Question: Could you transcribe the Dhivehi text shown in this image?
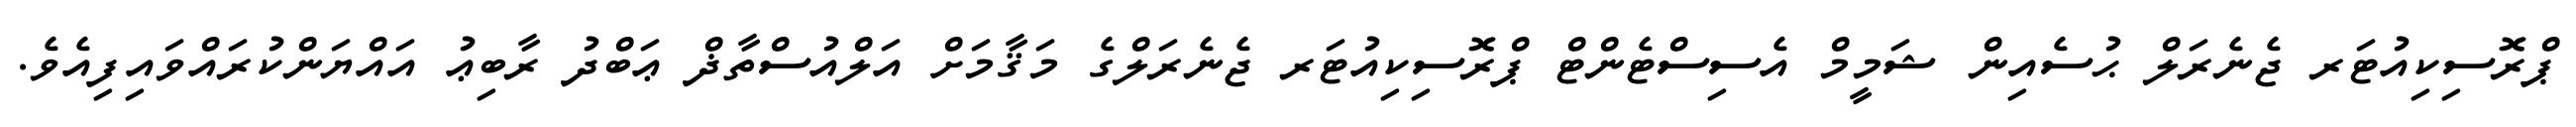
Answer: ޕްރޮސިކިއުޓަރ ޖެނެރަލް ޙުސެއިން ޝަމީމް އެސިސްޓެންޓް ޕްރޮސިކިއުޓަރ ޖެނެރަލްގެ މަޤާމަށް އަލްއުސްތާޛް ޢަބްދު ރާބިޢު އައްޔަންކުރައްވައިފިއެވެ.